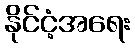
နိုင်ငံ့အရေး